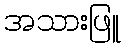
အသားဖြူ